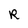
Character: R